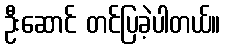
ဦးဆောင် တင်ပြခဲ့ပါတယ်။